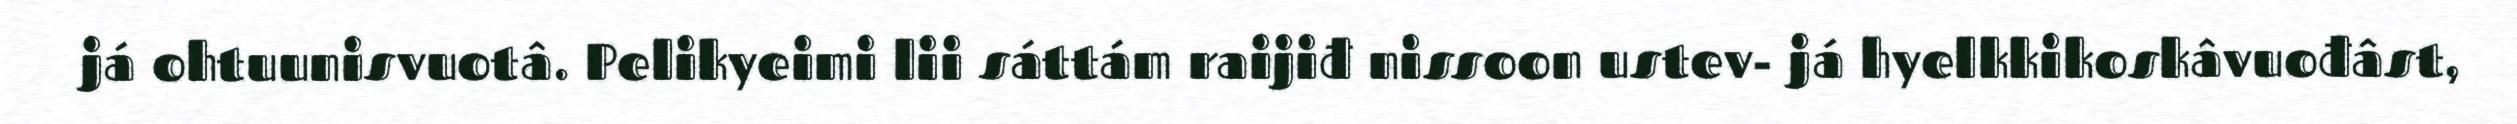
já ohtuunisvuotâ. Pelikyeimi lii sáttám raijiđ nissoon ustev- já hyelkkikoskâvuođâst,